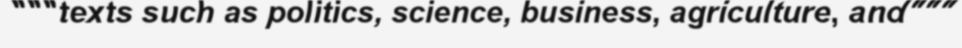
"""texts such as politics, science, business, agriculture, and"""